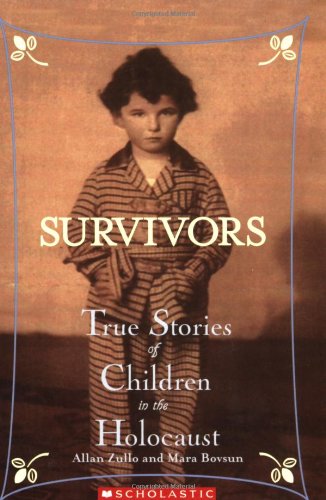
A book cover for Survivors: True Stories of Children in the Holocaust; Allan Zullo; Children's Books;